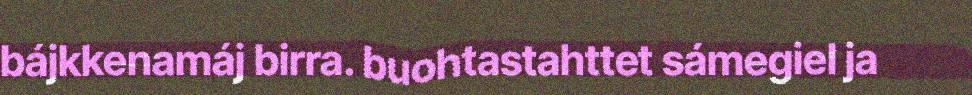
bájkkenamáj birra. buohtastahttet sámegiel ja